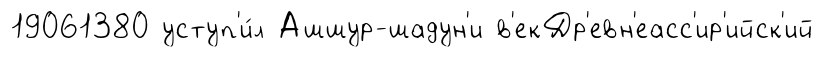
19061380 уступ'и́л Ашшур-шадун'и в'екДр'евн'еасс'ир'ийск'ий